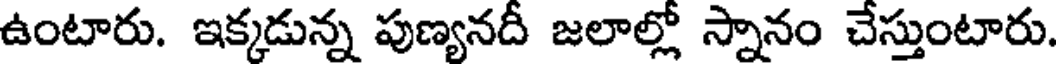
ఉంటారు. ఇక్కడున్న పుణ్యనదీ జలాల్లో స్నానం చేస్తుంటారు.